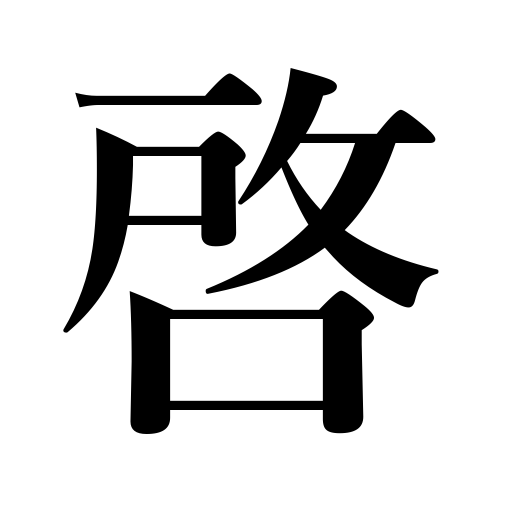
Meanings: open,say